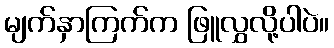
မျက်နှာကြက်က ဖြူလွှလို့ပါပဲ။